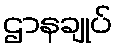
ဌာနချုပ်